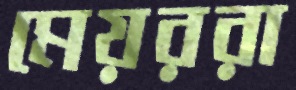
মেয়ররা